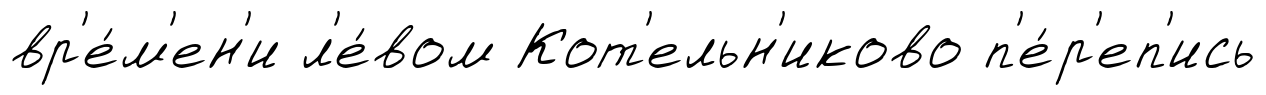
вр'е́м'ен'и л'е́вом Кот'ельн'иково п'е́р'еп'ись